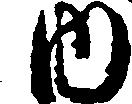
内